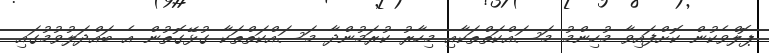
ޕޮލްވެކުން ކޮށްފައިވާ މުހިންމު މަސައްކަތްތަކާއި މިހާރު ކުރަމުންދާ މަސައްކަތްތަކާ ގުޅޭގޮތުން އެ ބައްދަލުވުމުގައި